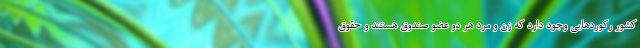
کشور رکوردهایی وجود دارد که زن و مرد هر دو عضو صندوق هستند و حقوق